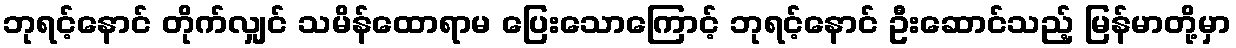
ဘုရင့်နောင် တိုက်လျှင် သမိန်ထောရာမ ပြေးသောကြောင့် ဘုရင့်နောင် ဦးဆောင်သည့် မြန်မာတို့မှာ